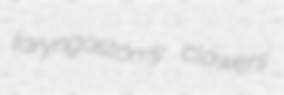
laryngostomy clawers